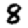
Digit: 8